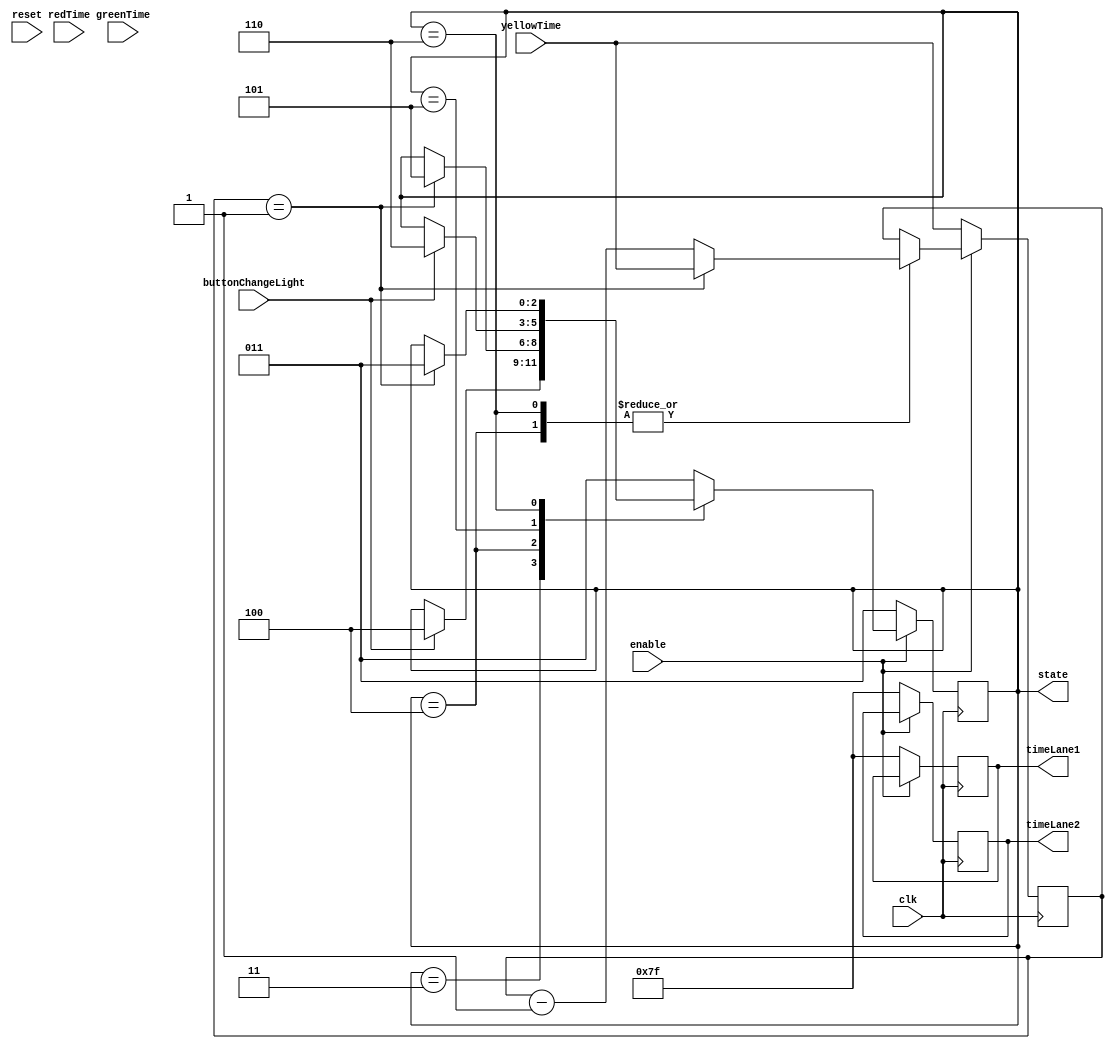
module mannualMode(
    input clk,
    input reset,
    input enable,
    input buttonChangeLight,
    input[6:0] greenTime,
    input[6:0] yellowTime,
    input[6:0] redTime,    
    output reg[6:0] timeLane1,
    output reg[6:0] timeLane2,
    output reg[2:0] state
);

    parameter GR = 3;
    parameter YR = 4;
    parameter RG = 5;
    parameter RY = 6; 

    reg[6:0] tempYellowTime;
    
    // always@(enable) begin
    //     if(enable == 1) begin
    //         tempYellowTime = yellowTime;
    //         state = GR;    
    //         timeLane1 = 7'b1111111;
    //         timeLane2 = 7'b1111111;
    //     end
    // end

    always@(posedge clk) begin
        if(enable == 1) begin
            case (state)
                GR: begin
                    if(buttonChangeLight == 1) state <= YR;
                end
                YR: begin
                    if(tempYellowTime == 1) begin
                        tempYellowTime <= yellowTime;
                        state <= RG;
                    end else tempYellowTime <= tempYellowTime - 1;
                end
                RG: begin
                    if(buttonChangeLight == 1) state <= RY;
                end
                RY: begin
                    if(tempYellowTime == 1) begin
                        tempYellowTime <= yellowTime;
                        state <= GR;
                    end else tempYellowTime <= tempYellowTime - 1;
                end
                default: state <= GR;                
            endcase
        end else begin
            tempYellowTime = yellowTime;
            state = GR;    
            timeLane1 = 7'b1111111;
            timeLane2 = 7'b1111111;
        end
    end

endmodule